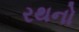
રથનો